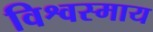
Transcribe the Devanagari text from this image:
विश्वस्माय